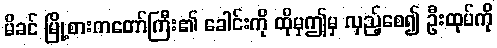
မိခင် မြို့စားကတော်ကြီး၏ ခေါင်းကို ထိုမှဤမှ လှည့်စေ၍ ဦးထုပ်ကို